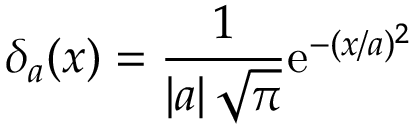
\delta _ { a } ( x ) = { \frac { 1 } { \left| a \right| { \sqrt { \pi } } } } \mathrm { e } ^ { - ( x / a ) ^ { 2 } }